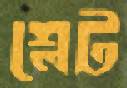
শ্লেট